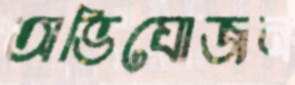
অভিযোজন